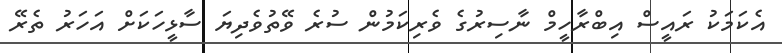
އެކަމަކު ރައީސް އިބްރާހީމް ނާސިރުގެ ވެރިކަމުން ސުރެ ވޭތުވެދިޔަ ސާޅީހަކަށް އަހަރު ތެރޭ